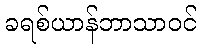
ခရစ်ယာန်ဘာသာဝင်